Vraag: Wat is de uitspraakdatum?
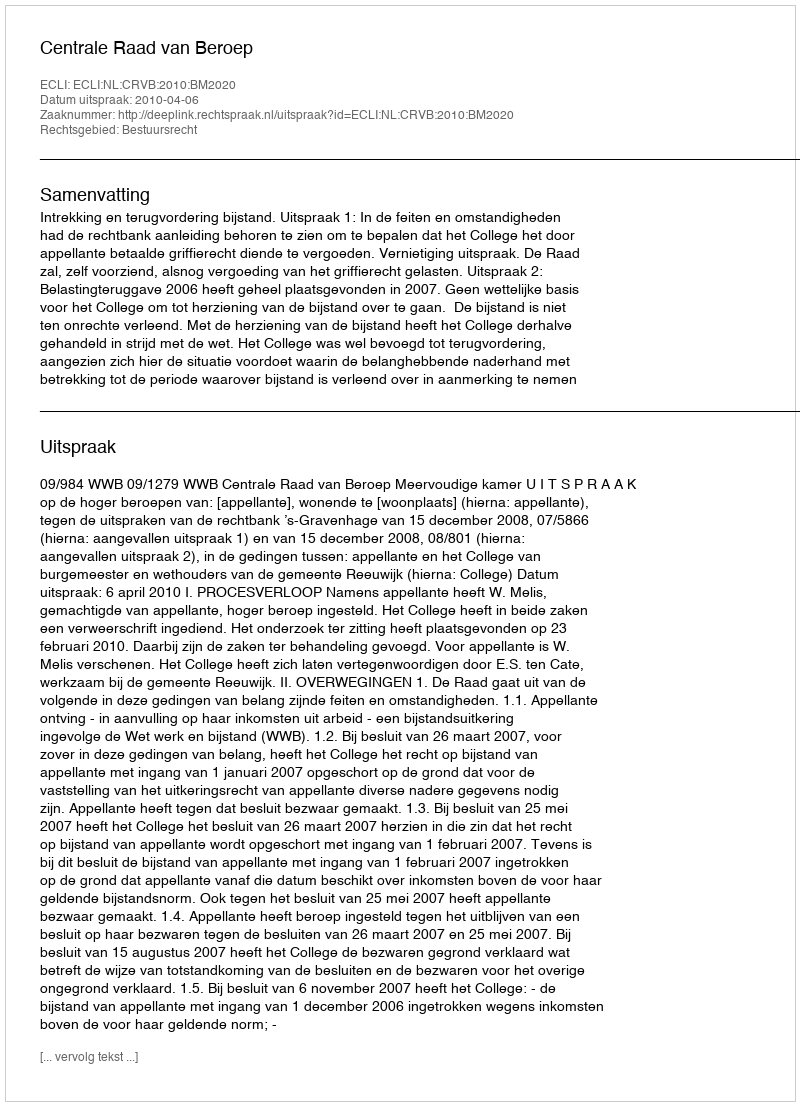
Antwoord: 2010-04-06